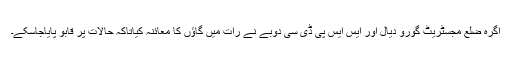
اگرہ ضلع مجسٹریٹ گورو دیال اور ایس ایس پی ڈی سی دوبے نے رات میں گاؤں کا معائنہ کیاتاکہ حالات پر قابو پایاجاسکے۔